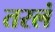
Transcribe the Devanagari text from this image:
तरलं